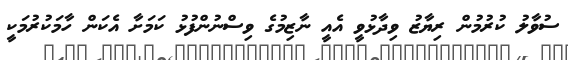
ސުވާލު ކުރުމުން ރިޔާޒު ވިދާޅުވީ އެއީ ނާޒިމުގެ ވިސްނުންފުޅު ކަމަށާ އެކަން ހާމަކުރުމަކީ